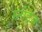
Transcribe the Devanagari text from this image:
स्नोईज़